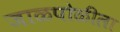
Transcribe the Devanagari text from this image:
जाळपोळीला